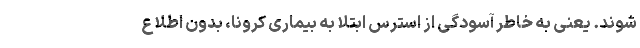
شوند. یعنی به خاطر آسودگی از استرس ابتلا به بیماری کرونا، بدون اطلاع